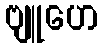
ဗျူဟေ